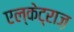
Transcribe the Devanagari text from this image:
एल्केट्राज़